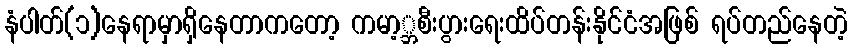
နံပါတ်(၁)နေရာမှာရှိနေတာကတော့ ကမာ့္ဘစီးပွားရေးထိပ်တန်းနိုင်ငံအဖြစ် ရပ်တည်နေတဲ့